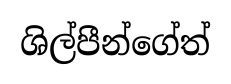
ශිල්පීන්ගේත්